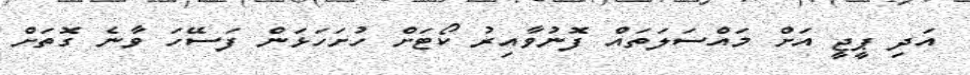
އަދި ޕީޖީ އަށް މައްސަލަތައް ފޮނުވާއިރު ކޯޓަށް ހުށަހަޅަން ފަސޭހަ ވާނެ ގޮތަށް